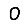
Digit: 0